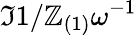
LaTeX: \Im{1/\mathbb{Z}_{(1)}}\omega^{-1}